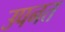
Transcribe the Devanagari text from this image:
उपनत